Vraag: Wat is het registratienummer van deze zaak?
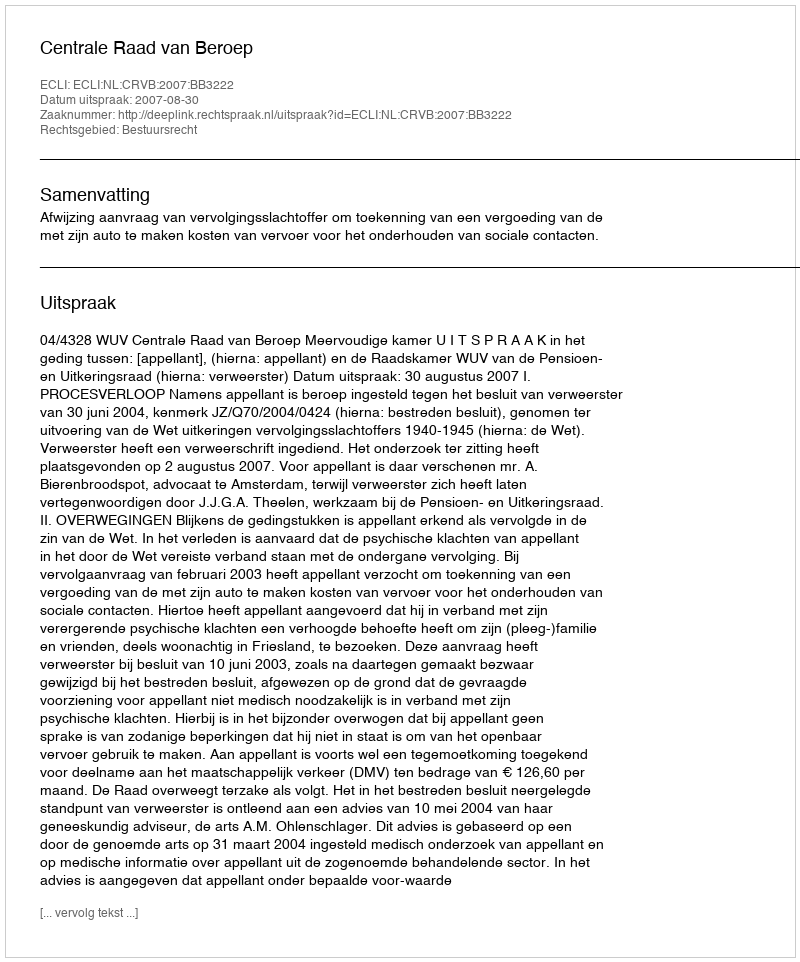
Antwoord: http://deeplink.rechtspraak.nl/uitspraak?id=ECLI:NL:CRVB:2007:BB3222